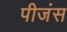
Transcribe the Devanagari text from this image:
पीजंस